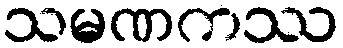
သမဏကဿ